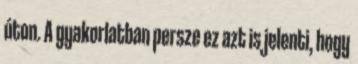
úton. A gyakorlatban persze ez azt is jelenti, hogy